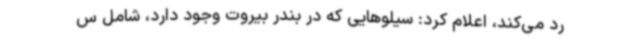
رد می‌کند، اعلام کرد: سیلوهایی که در بندر بیروت وجود دارد، شامل س